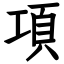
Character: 項